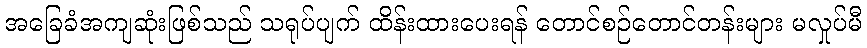
အခြေခံအကျဆုံးဖြစ်သည် သရုပ်ပျက် ထိန်းထားပေးရန် တောင်စဉ်တောင်တန်းများ မလှုပ်မီ